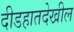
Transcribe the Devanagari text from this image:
दीडहातदेखील